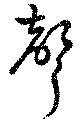
声